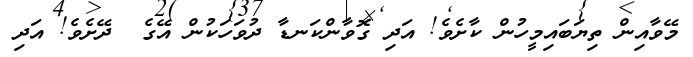
މޭވާއިން ތިޔަބައިމީހުން ކާށެވެ! އަދި ގޮވާންކަނޑާ ދުވަހަކުން އޭގެ  ދޭށެވެ! އަދި